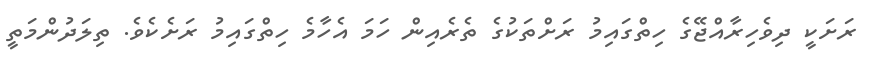
ރަށަކީ ދިވެހިރާއްޖޭގެ ހިތްގައިމު ރަށްތަކުގެ ތެރެއިން ހަމަ އެހާމެ ހިތްގައިމު ރަށެކެވެ. ތިލަދުންމަތީ